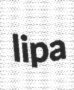
lipa